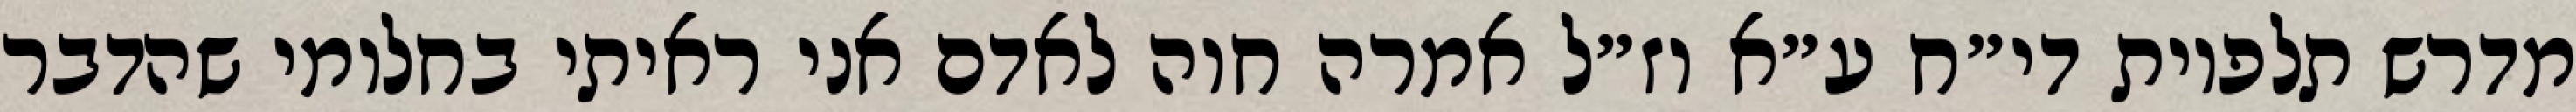
מדרש תלפיות די״ח ע״א וז״ל אמרה חוה לאדם אני ראיתי בחלומי שהדבר